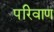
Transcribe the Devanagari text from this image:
परिवाण